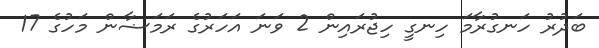
ބަދުރު ހަނގުރާމަ ހިނގީ ހިޖުރައިން 2 ވަނަ އަހަރުގެ ރަމަޟާން މަހުގެ 17